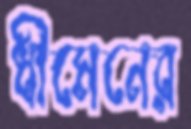
ধীমেনের